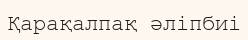
Қарақалпақ әліпбиі